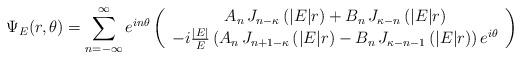
LaTeX: \begin{align*}\Psi_E (r,\theta) = \sum_{n=-\infty}^\infty e^{i n\theta} \left(\begin{array}{c} A_n\,J_{n-\kappa}\left(|E|r\right)+ B_n\,J_{\kappa-n}\left(|E|r\right) \\ -i\frac{|E|}{E}\left(A_n\,J_{n+1-\kappa}\left(|E|r\right)- B_n\,J_{\kappa-n-1}\left(|E|r\right)\right) e^{i \theta}\end{array}\right) \end{align*}